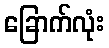
ခြောက်လုံး